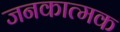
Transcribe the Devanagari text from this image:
जनकात्मक